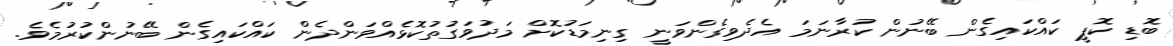
ބޮޑި ކޮޕީ ކައްކައިގެން ބޭނުން ކުރާނަމަ އެދެވިގެންވަނީ ގިނިމަޑުކޮށް މަދުވަގުތުކޮޅެއްވަންދެން ކައްކައިގެން ބޭނުންކުރުމެވެ.